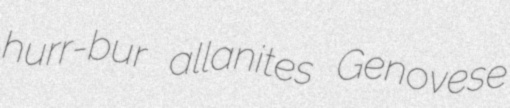
hurr-bur allanites Genovese